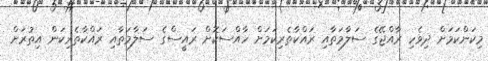
މިކަންކަމަށް ދިވެހި ރާއްޖޭގެ ސަލާމަތާއި ރައްކާތެރިކަމަށް ހާއްސަކޮށް ރައީސްގެ ސަލާމަތާއި ރައްކާތެރިކަން އިތުރަށް